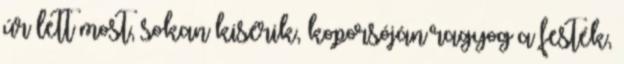
úr lett most, sokan kisérik, koporsóján ragyog a festék,